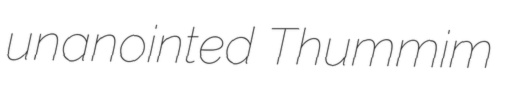
unanointed Thummim